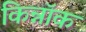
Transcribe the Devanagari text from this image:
किन्नॉक